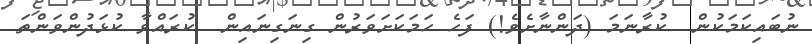
ނުބައިކަމަކުން  ކުރާނަމަ (ދަންނާށެވެ!) ފަހެ ހަމަކަށަވަރުން ގިނަގިނައިން  ކުރައްވާ ކުޅަދުންވަންތަ